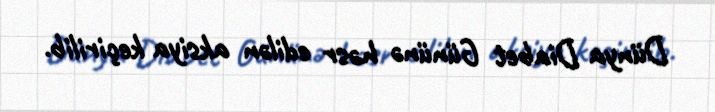
Dünya Diabet Gününə həsr edilən aksiya keçirilib.